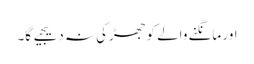
اور مانگنے والے کو جھڑکی نہ دیجیے گا۔